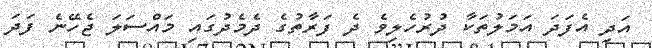
އަދި އެފަދަ އަމަލުތަކާ ދުރުހެލިވެ ދެ ފަރާތުގެ ދެމެދުގައި މައްސަލަ ޖެހޭނެ ފަދަ